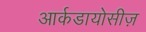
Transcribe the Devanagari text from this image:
आर्कडायोसीज़